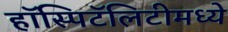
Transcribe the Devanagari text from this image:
हॉस्पिटॅलिटीमध्ये